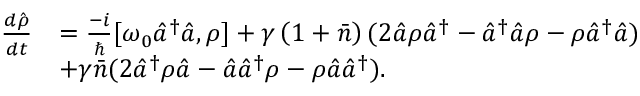
\begin{array} { r l } { \frac { d \hat { \rho } } { d t } } & { = \frac { - i } { \hbar } [ \omega _ { 0 } \hat { a } ^ { \dagger } \hat { a } , \rho ] + \gamma \left( 1 + \bar { n } \right) ( 2 \hat { a } \rho \hat { a } ^ { \dagger } - \hat { a } ^ { \dagger } \hat { a } \rho - \rho \hat { a } ^ { \dagger } \hat { a } ) } \\ & { + \gamma \bar { n } ( 2 \hat { a } ^ { \dagger } \rho \hat { a } - \hat { a } \hat { a } ^ { \dagger } \rho - \rho \hat { a } \hat { a } ^ { \dagger } ) . } \end{array}